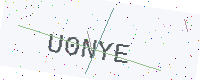
Text: U0NYE